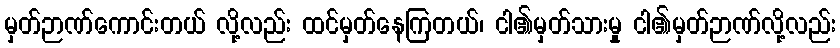
မှတ်ဉာဏ်ကောင်းတယ် လို့လည်း ထင်မှတ်နေကြတယ်၊ ငါ၏မှတ်သားမှု ငါ၏မှတ်ဉာဏ်လို့လည်း